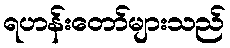
ရဟန်းတော်များသည်